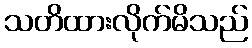
သတိထားလိုက်မိသည်